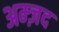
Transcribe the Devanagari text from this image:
अम्ज़द